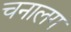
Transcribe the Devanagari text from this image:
चनालग